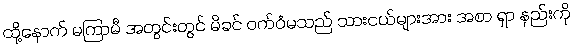
ထို့နောက် မကြာမီ အတွင်းတွင် မိခင် ဝက်ဝံမသည် သားငယ်များအား အစာ ရှာ နည်းကို